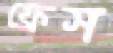
ফ্রেস